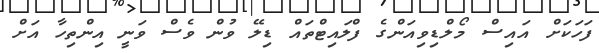
ފަހަކަށް އައިސް މޯލްޑިވިއަންގެ ފްލައިޓްތައް ޑިލޭ ވުން ވެސް ވަނީ އިންތިހާ އަށް